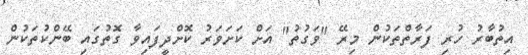
އިތުބާރު ހުރި ފަރާތްތަކުން މިރޭ "ވަގުތު" އަށް ކަށަވަރު ކޮށްދީފައިވާ ގޮތުގައި ބޭންކުތަކުން